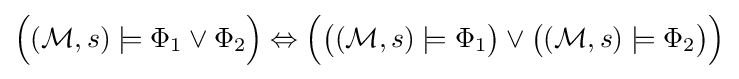
{\Big (}({\mathcal {M}},s)\models \Phi _{1}\lor \Phi _{2}{\Big )}\Leftrightarrow {\Big (}{\big (}({\mathcal {M}},s)\models \Phi _{1}{\big )}\lor {\big (}({\mathcal {M}},s)\models \Phi _{2}{\big )}{\Big )}